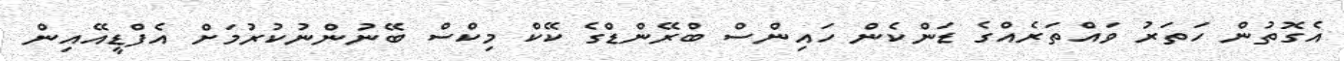
އެގޮތުން ހަތަރު ވައްތަރެެއްގެ ޑަންކެން ހައިންސް ބްރޭންޑްގެ ކޭކް މިކްސް ބޭނުންނުކުރުމަށް އެފްޑީއޭއިން